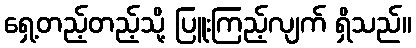
ရှေ့တည့်တည့်သို့ ပြူးကြည့်လျက် ရှိသည်။